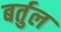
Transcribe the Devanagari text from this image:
बर्तुल